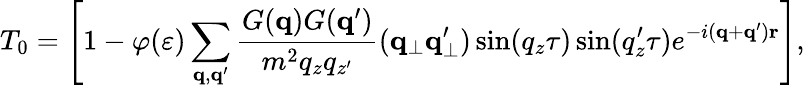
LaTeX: T_{0}=\left[1-\varphi(\varepsilon)\sum_{\mathbf{q},\mathbf{q^{\prime}}}\frac{G({\mathbf{q}})G({\mathbf{q^{\prime}}})}{m^{2}q_{z}q_{z^{\prime}}}({\mathbf{q}}_{\perp}{\mathbf{q}}_{\perp}^{\prime})\sin(q_{z}\tau)\sin(q_{z}^{\prime}\tau)e^{-i({\mathbf{q}}+{\mathbf{q}^{\prime}}){\mathbf{r}}}\right]\mathrm{,}